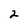
Character: 2